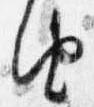
由